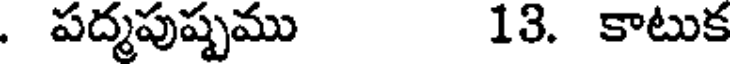
. పద్మపుష్పము 13. కాటుక